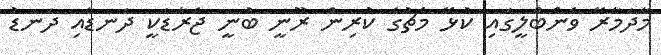
މާދަމާރޭ ވެންބްލީގައި ކުޅޭ މެޗުގެ ކުރިން ރޫނީ ބުނީ ޖެރާޑަކީ ދަނޑާއި ދަނޑު